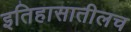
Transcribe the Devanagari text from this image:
इतिहासातीलच